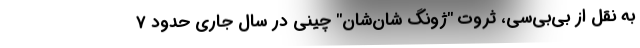
به نقل از بی‌بی‌سی، ثروت "ژونگ ‌شان‌شان" چینی در سال جاری حدود 7